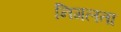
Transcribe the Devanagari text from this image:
निगलता